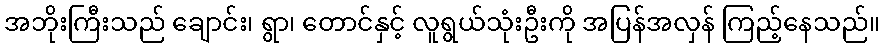
အဘိုးကြီးသည် ချောင်း၊ ရွာ၊ တောင်နှင့် လူရွယ်သုံးဦးကို အပြန်အလှန် ကြည့်နေသည်။